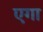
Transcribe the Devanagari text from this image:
एगा